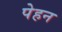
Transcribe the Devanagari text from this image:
पेहन